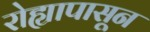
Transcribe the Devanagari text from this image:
रोह्यापासून